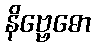
နိဗ္ဗေဓော